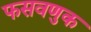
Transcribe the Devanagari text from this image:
फसवणुक